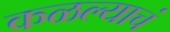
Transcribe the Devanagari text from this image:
कळल्याचं